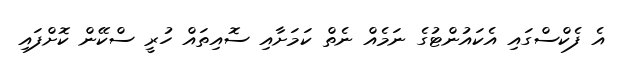
އެ ފެކްސްގައި އެކައުންޓުގެ ނަމެއް ނެތް ކަމަށާއި ސޮއިތައް ހުރީ ސްކޭން ކޮށްފައި